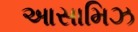
આસામિઝ